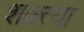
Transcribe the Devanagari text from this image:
शक्त्या